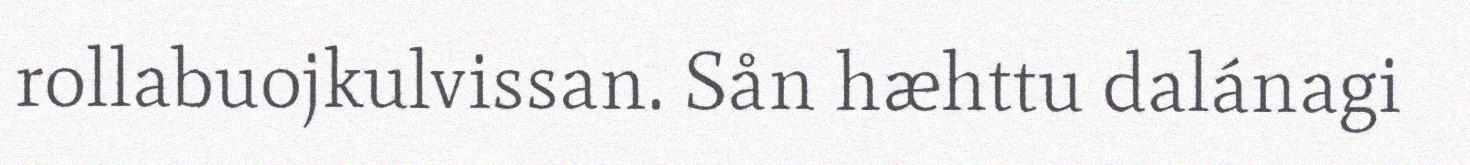
rollabuojkulvissan. Sån hæhttu dalánagi